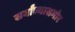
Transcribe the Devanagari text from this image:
सर्वांच्यासमोर